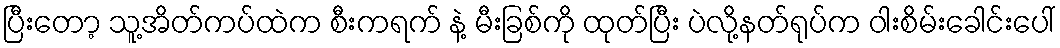
ပြီးတော့ သူ့အိတ်ကပ်ထဲက စီးကရက် နဲ့ မီးခြစ်ကို ထုတ်ပြီး ပဲလို့နတ်ရုပ်က ဝါးစိမ်းခေါင်းပေါ်